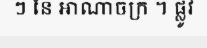
ៗ នៃ អាណាចក្រ ។ ផ្លូវ